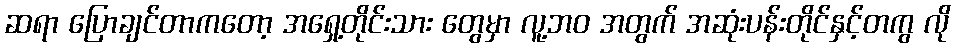
ဆရာ ပြောချင်တာကတော့ အရှေ့တိုင်းသား တွေမှာ လူ့ဘဝ အတွက် အဆုံးပန်းတိုင်နှင့်တကွ လို